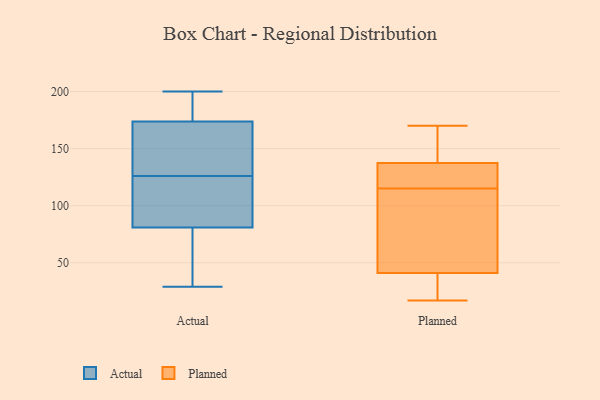
{"axis": {"x": "Satisfaction Score", "y": "Value"}, "legend": ["Actual", "Planned"], "data": [{"x": "", "y": 90, "type": "Actual"}, {"x": "", "y": 29, "type": "Actual"}, {"x": "", "y": 63, "type": "Actual"}, {"x": "", "y": 183, "type": "Actual"}, {"x": "", "y": 167, "type": "Actual"}, {"x": "", "y": 172, "type": "Actual"}, {"x": "", "y": 87, "type": "Actual"}, {"x": "", "y": 200, "type": "Actual"}, {"x": "", "y": 172, "type": "Actual"}, {"x": "", "y": 61, "type": "Actual"}, {"x": "", "y": 92, "type": "Actual"}, {"x": "", "y": 140, "type": "Actual"}, {"x": "", "y": 91, "type": "Actual"}, {"x": "", "y": 45, "type": "Actual"}, {"x": "", "y": 187, "type": "Actual"}, {"x": "", "y": 126, "type": "Actual"}, {"x": "", "y": 179, "type": "Actual"}, {"x": "", "y": 28, "type": "Planned"}, {"x": "", "y": 115, "type": "Planned"}, {"x": "", "y": 166, "type": "Planned"}, {"x": "", "y": 40, "type": "Planned"}, {"x": "", "y": 119, "type": "Planned"}, {"x": "", "y": 170, "type": "Planned"}, {"x": "", "y": 17, "type": "Planned"}, {"x": "", "y": 136, "type": "Planned"}, {"x": "", "y": 84, "type": "Planned"}, {"x": "", "y": 138, "type": "Planned"}, {"x": "", "y": 44, "type": "Planned"}]}